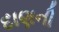
દાણની